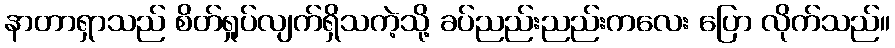
နာတာရှာသည် စိတ်ရှုပ်လျက်ရှိသကဲ့သို့ ခပ်ညည်းညည်းကလေး ပြော လိုက်သည်။